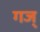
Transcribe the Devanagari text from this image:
गज्